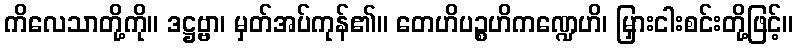
ကိလေသာတို့ကို။ ဒဋ္ဌဗ္ဗာ၊ မှတ်အပ်ကုန်၏။ တေဟိပဉ္စဟိကဏ္ဍေဟိ၊ မြှားငါးစင်းတို့ဖြင့်။